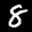
Label: 8